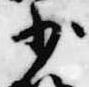
少